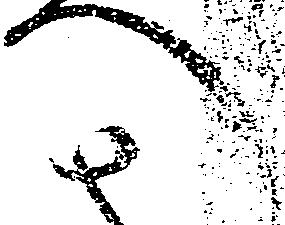
へ